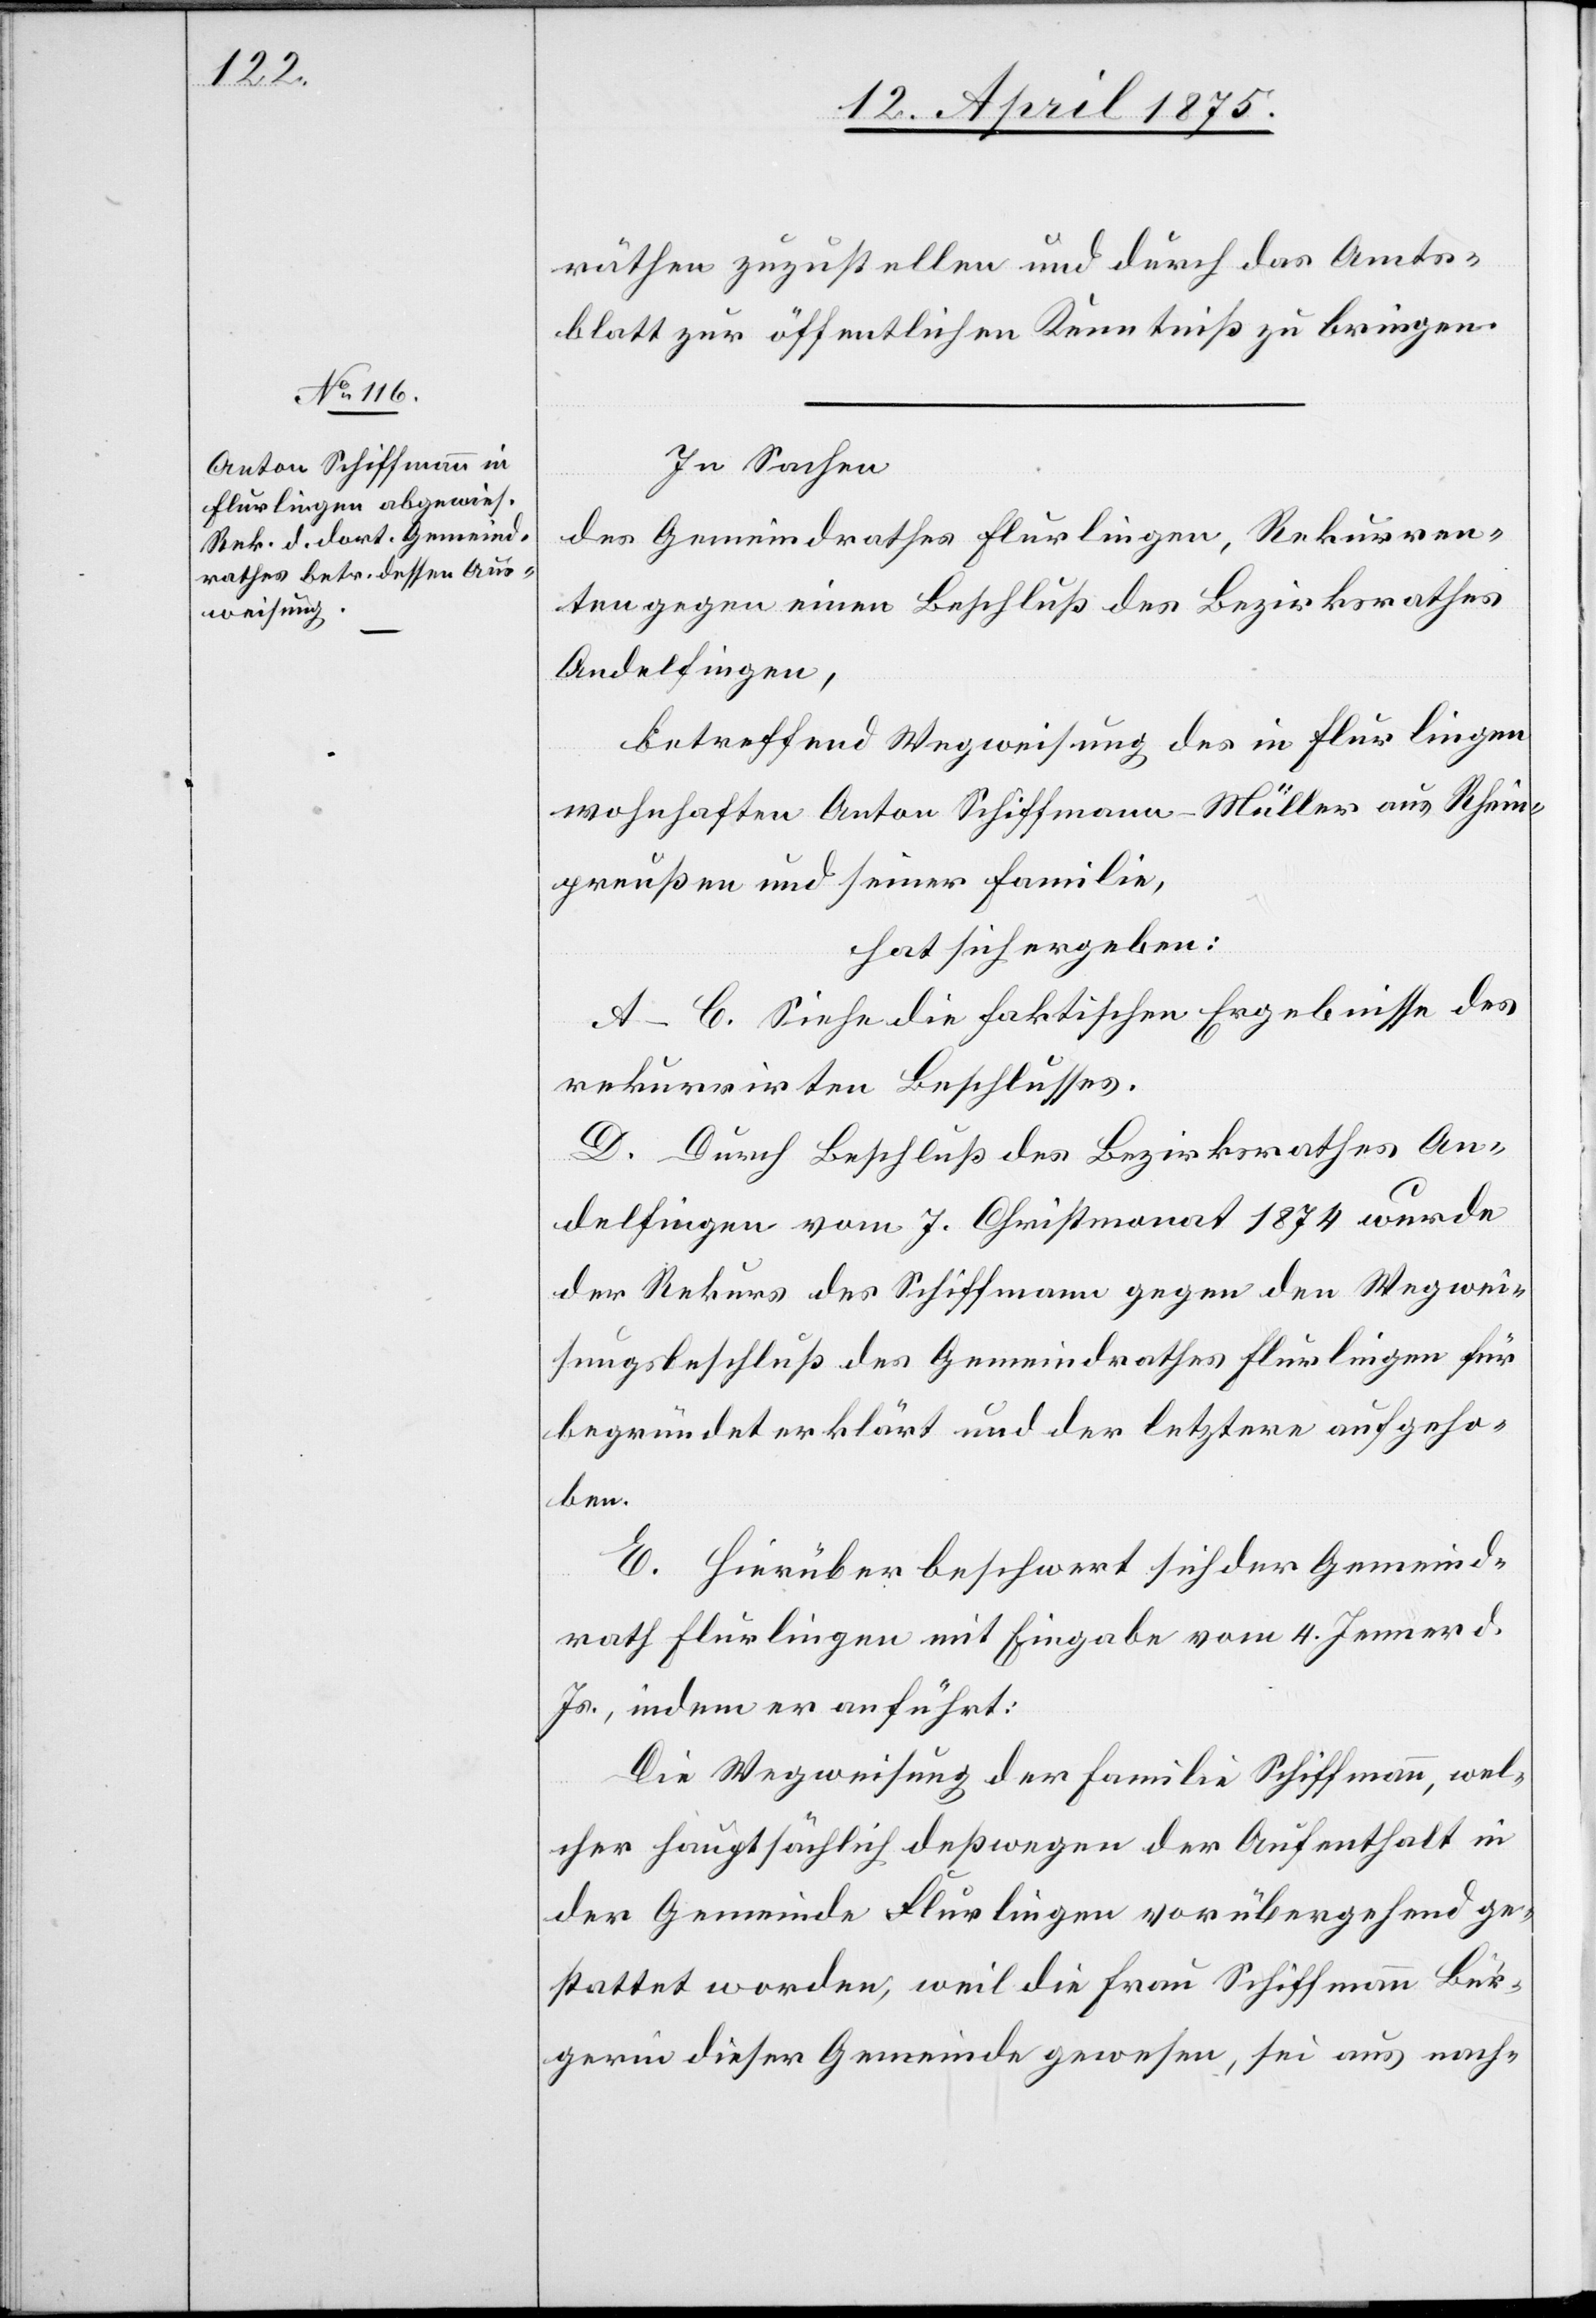
In Sachen
des Gemeindrathes Flurlingen, Rekurren¬
ten gegen einen Beschluß des Bezirksrathes
Andelfingen,
betreffend Wegweisung des in Flurlingen
wohnhaften Anton Schiffmann-Müller aus Rhein¬
preußen und seiner Familie,
hat sich ergeben:
A–C. Siehe die faktischen Ergebnisse des
rekurrirten Beschlusses.
D. Durch Beschluß des Bezirksrathes An¬
delfingen vom 7. Christmonat 1874 wurde
der Rekurs des Schiffmann gegen den Wegwei¬
sungsbeschluß des Gemeindrathes Flurlingen für
begründet erklärt und der letztere aufgeho¬
ben.
E. Hierüber beschwert sich der Gemeind¬
rath Flurlingen mit Eingabe vom 4. Jenner d.
Js., indem er anführt:
Die Wegweisung der Familie Schiffmann, wel¬
cher hauptsächlich deßwegen der Aufenthalt in
der Gemeinde Flurlingen vorübergehend ge¬
stattet worden, weil die Frau Schiffmann Bür¬
gerin dieser Gemeinde gewesen, sei aus nach-